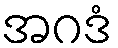
အဂဒံ